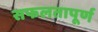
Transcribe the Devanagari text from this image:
सफलतापूर्ण